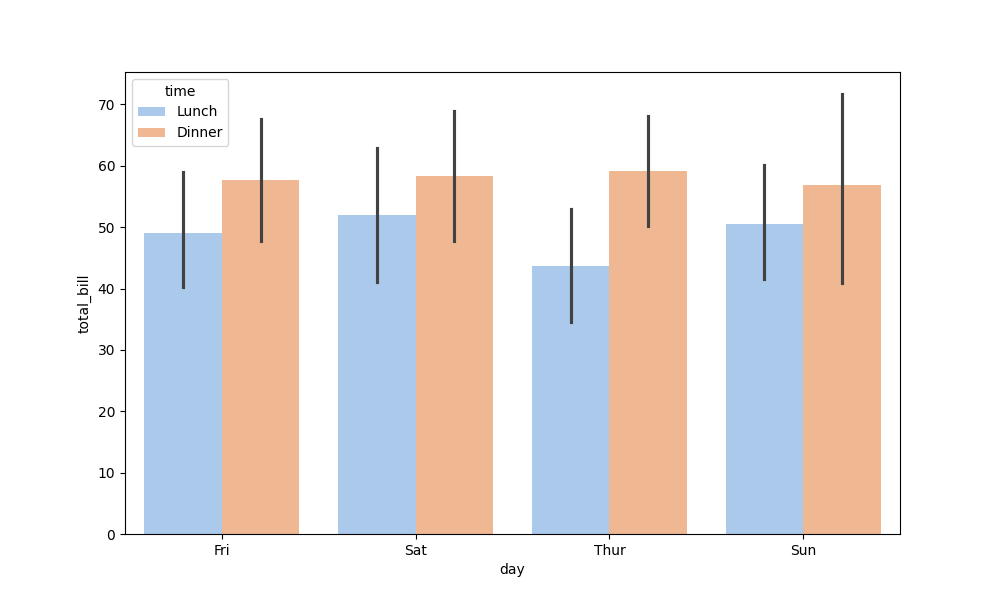
python, seaborn, barplot, hue='time', palette='pastel', ci=95, orient='v'